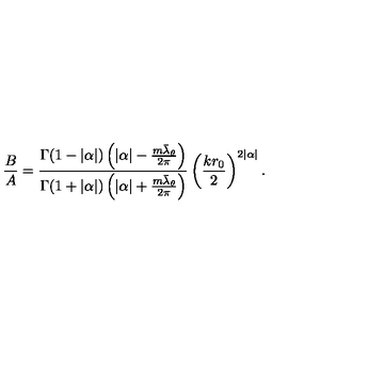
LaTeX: \frac { B } { A } = \frac { \Gamma ( 1 - | \alpha | ) \left( | \alpha | - \frac { m \bar { \lambda } _ { \theta } } { 2 \pi } \right) } { \Gamma ( 1 + | \alpha | ) \left( | \alpha | + \frac { m \bar { \lambda } _ { \theta } } { 2 \pi } \right) } \left( \frac { k r _ { 0 } } { 2 } \right) ^ { 2 | \alpha | } .